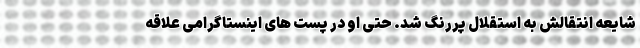
شایعه انتقالش به استقلال پررنگ شد. حتی او در پست های اینستاگرامی علاقه